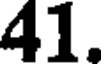
41.